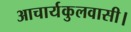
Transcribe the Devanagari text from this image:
आचार्यकुलवासी।